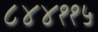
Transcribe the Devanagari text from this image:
८४४११५